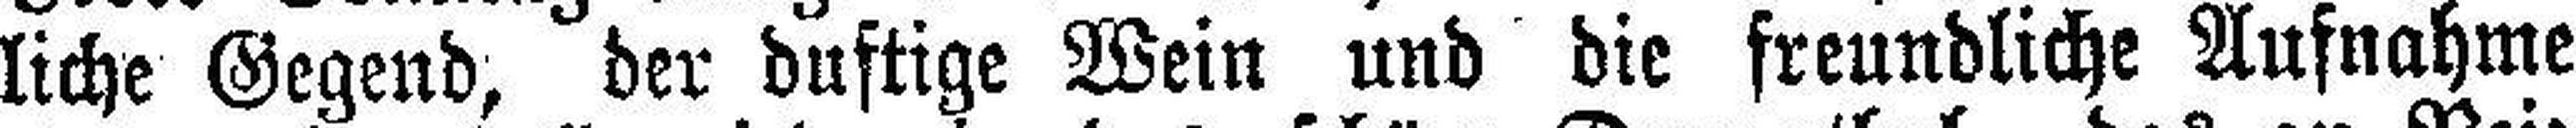
liche Gegend, der duftige Wein und die freundliche Aufnahme